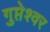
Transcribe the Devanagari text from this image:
गुप्तेश्‍वर